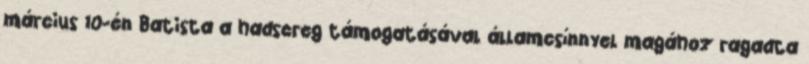
március 10-én Batista a hadsereg támogatásával államcsínnyel magához ragadta